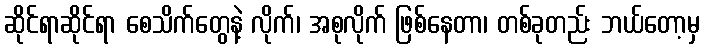
ဆိုင်ရာဆိုင်ရာ စေသိက်တွေနဲ့ လိုက်၊ အစုလိုက် ဖြစ်နေတာ၊ တစ်ခုတည်း ဘယ်တော့မှ